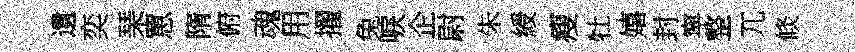
遺奕琹罳隋俯魂用擢兔唳企尉朱綬瘦牡嬉封寜整兀倐